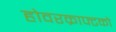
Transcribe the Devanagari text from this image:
होवरक्राफ्टको